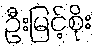
ဦးမြင့်စိုး